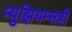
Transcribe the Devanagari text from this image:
म्युझियम्सही